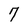
Character: 7